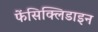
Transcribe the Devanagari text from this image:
फेंसिक्लिडाइन